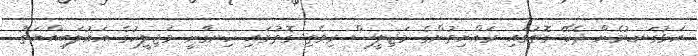
އަޅުގަނޑުމެން ދެކޭ ގޮތުގައި ރައްޔިތުންގެ މަޖިލީސް ރިވެތި ގޮތުގައި ހިނގާނީ މަޖިލީހުގެ އަޣުލަބިއްޔަތު